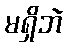
မရှိဘဲ